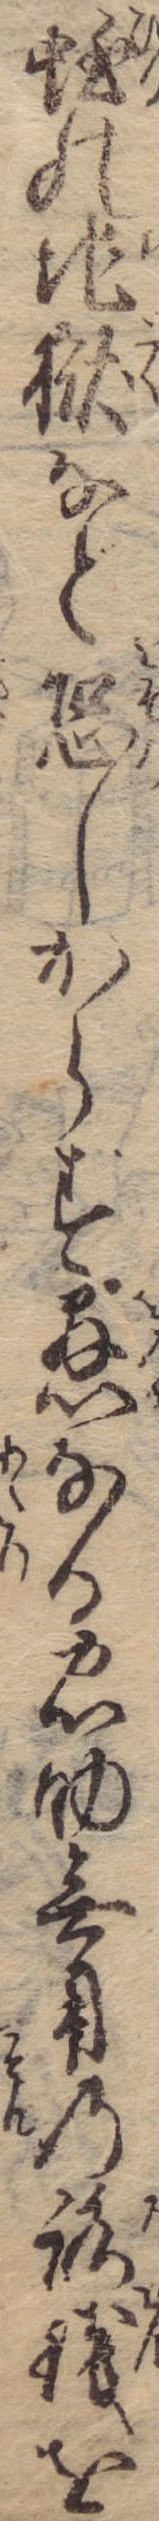
蛭の地獄など恐しからず愚なる忠助無用の路銭を